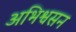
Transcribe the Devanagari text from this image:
अभिश्वसन